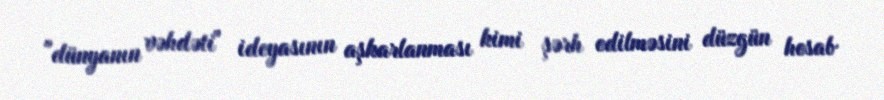
"dünyanın vəhdəti" ideyasının aşkarlanması kimi şərh edilməsini düzgün hesab